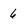
Character: 6